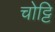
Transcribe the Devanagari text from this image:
चोट्टि